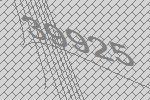
39925